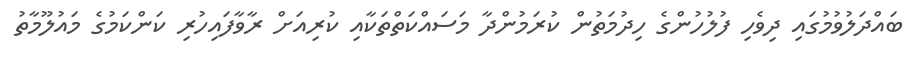
ބައްދަލުވުމުގައި ދިވެހި ފުލުހުންގެ ހިދުމަތުން ކުރަމުންދާ މަސައްކަތްތަކާއި ކުރިއަށް ރާވާފައިހުރި ކަންކަމުގެ މައުލޫމާތު